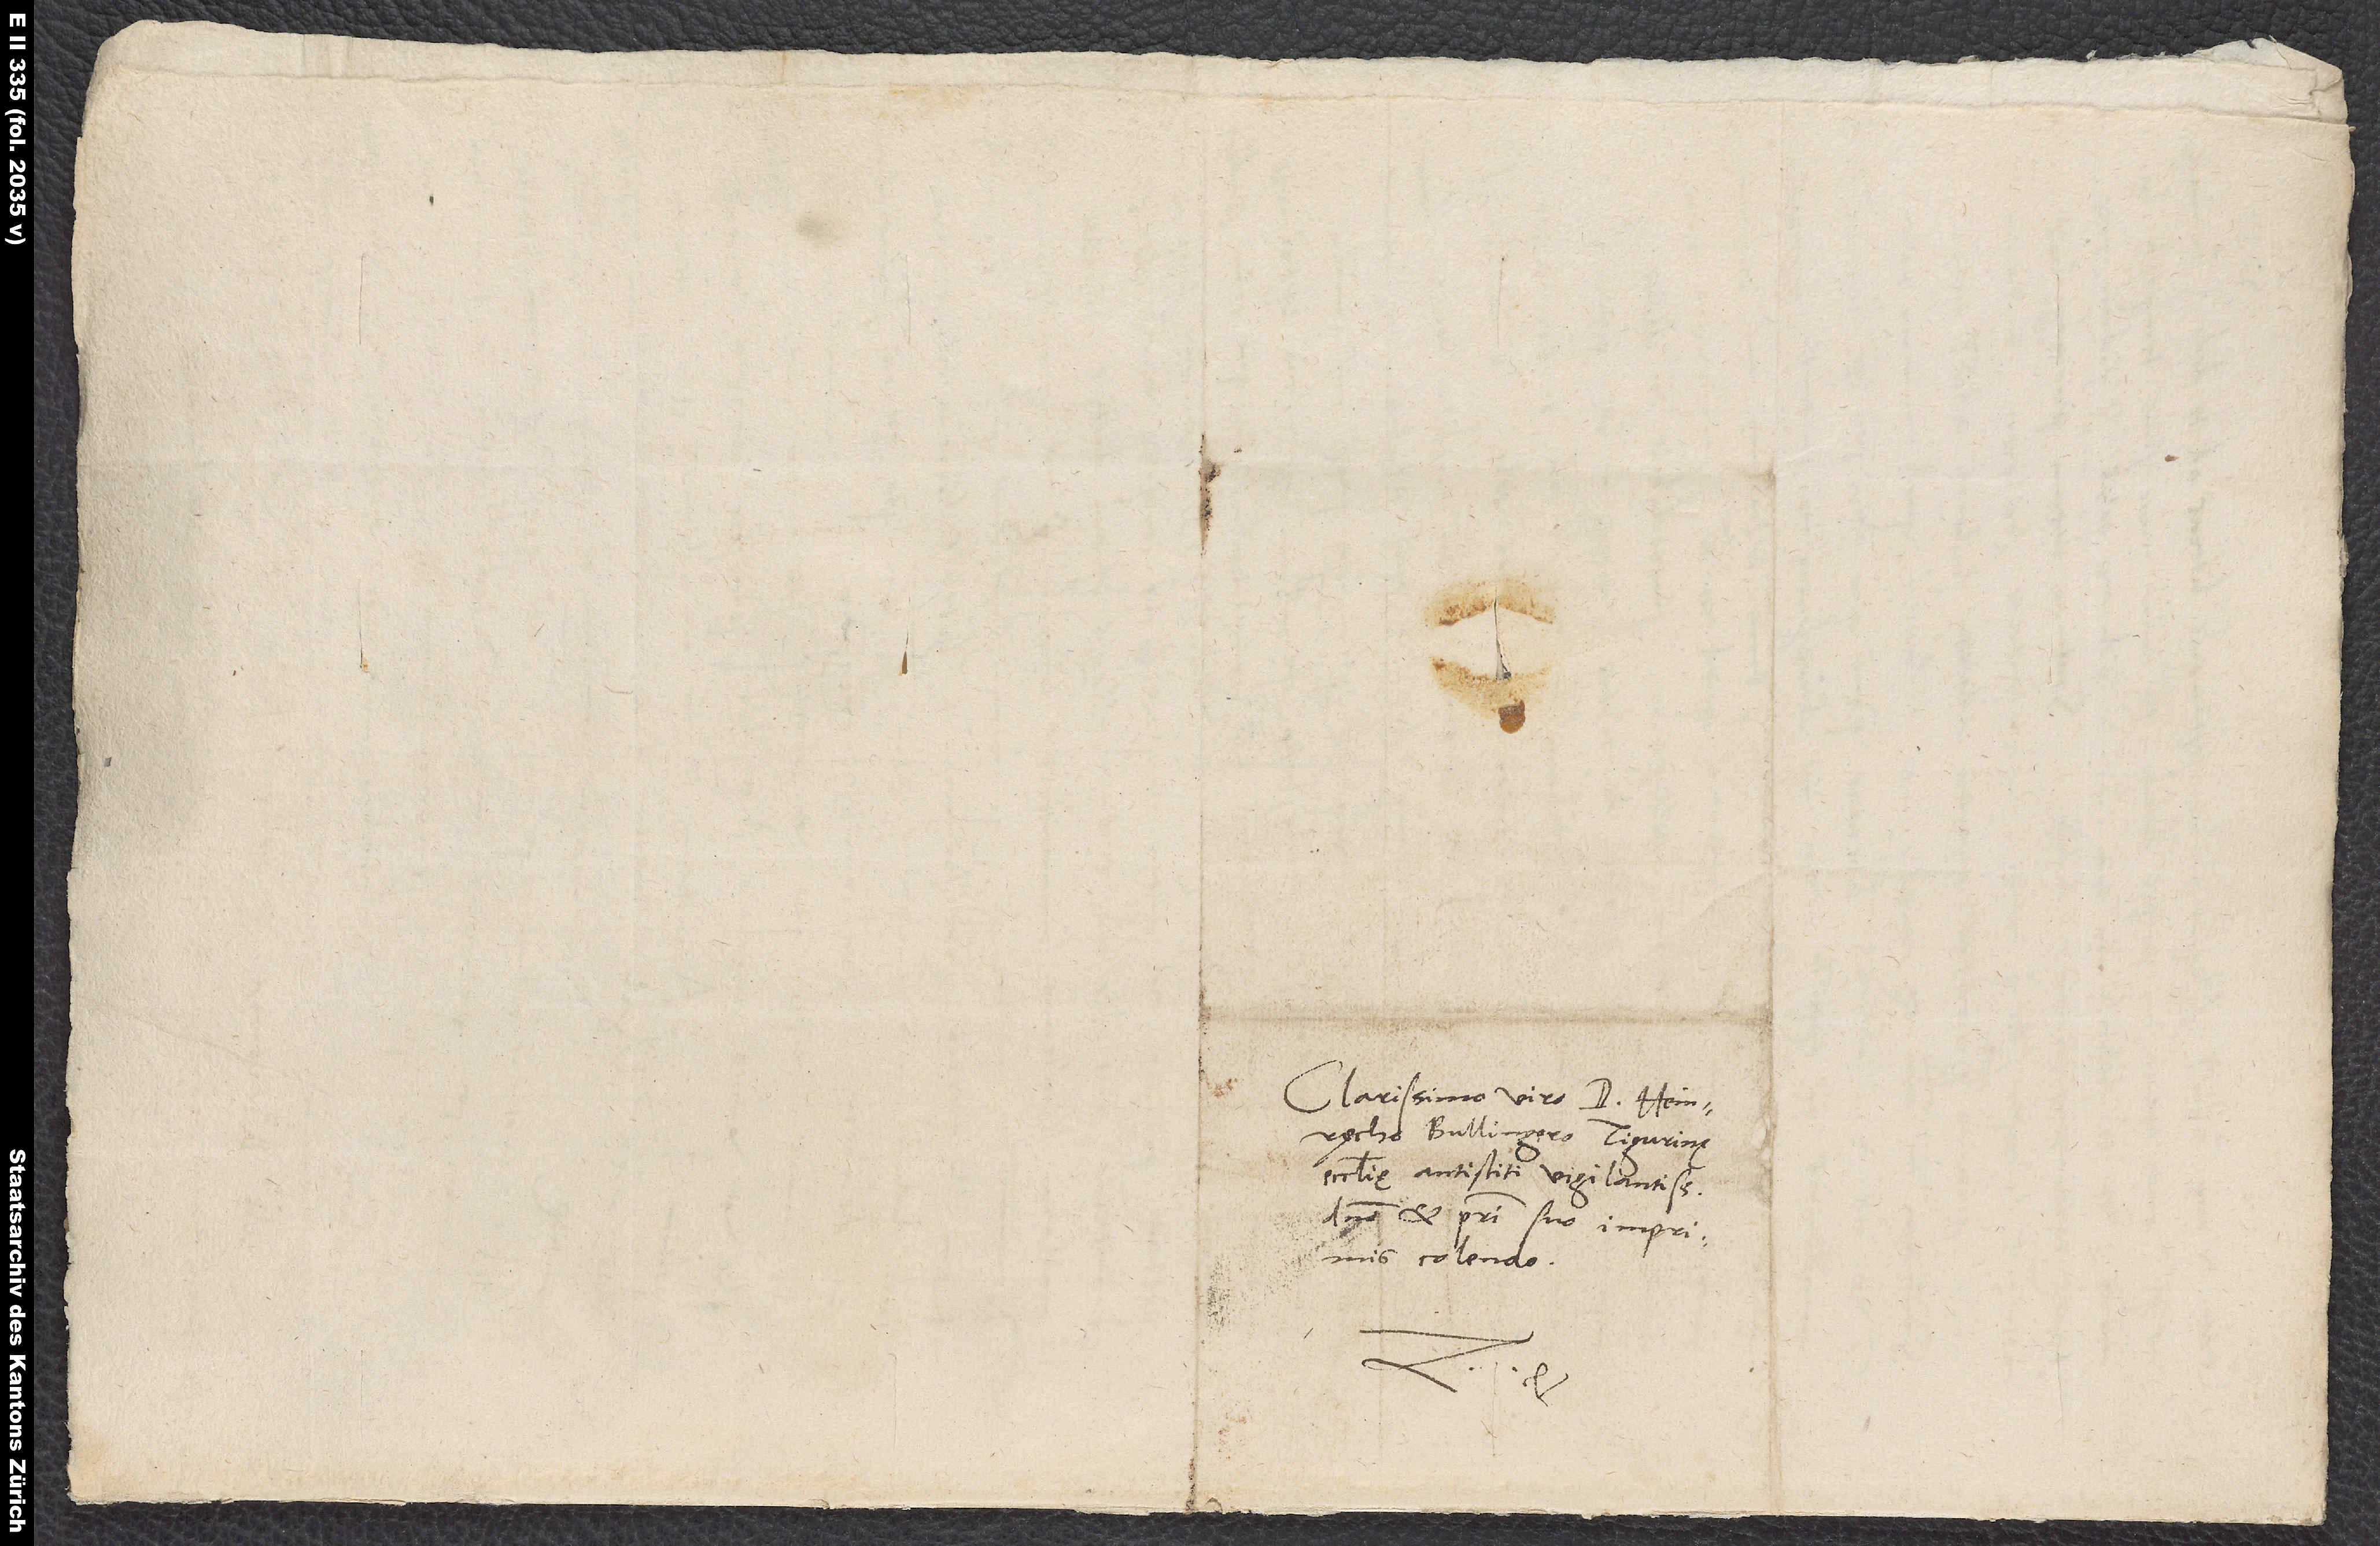
Clarissimo viro d. Heinrycho
Bullingero, Tigurinę
ecclesię antistiti vigilantissimo,
domino et patri suo imprimis
colendo.